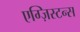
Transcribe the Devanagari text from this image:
एग्ज़िस्टन्स